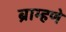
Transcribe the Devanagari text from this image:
ब्राम्हणे